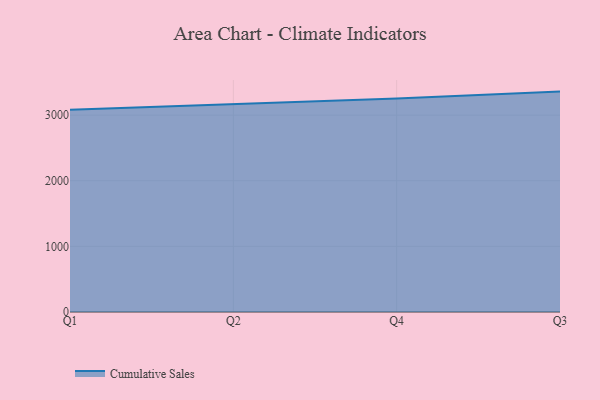
{"axis": {"x": "Quarter", "y": "Population (Million)"}, "legend": ["Cumulative Sales"], "data": [{"x": "Q1", "y": 3080.6, "type": "Cumulative Sales"}, {"x": "Q2", "y": 3161.9, "type": "Cumulative Sales"}, {"x": "Q4", "y": 3253.4, "type": "Cumulative Sales"}, {"x": "Q3", "y": 3358.2, "type": "Cumulative Sales"}]}